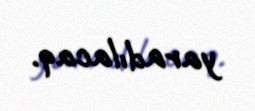
yaradılacaq.